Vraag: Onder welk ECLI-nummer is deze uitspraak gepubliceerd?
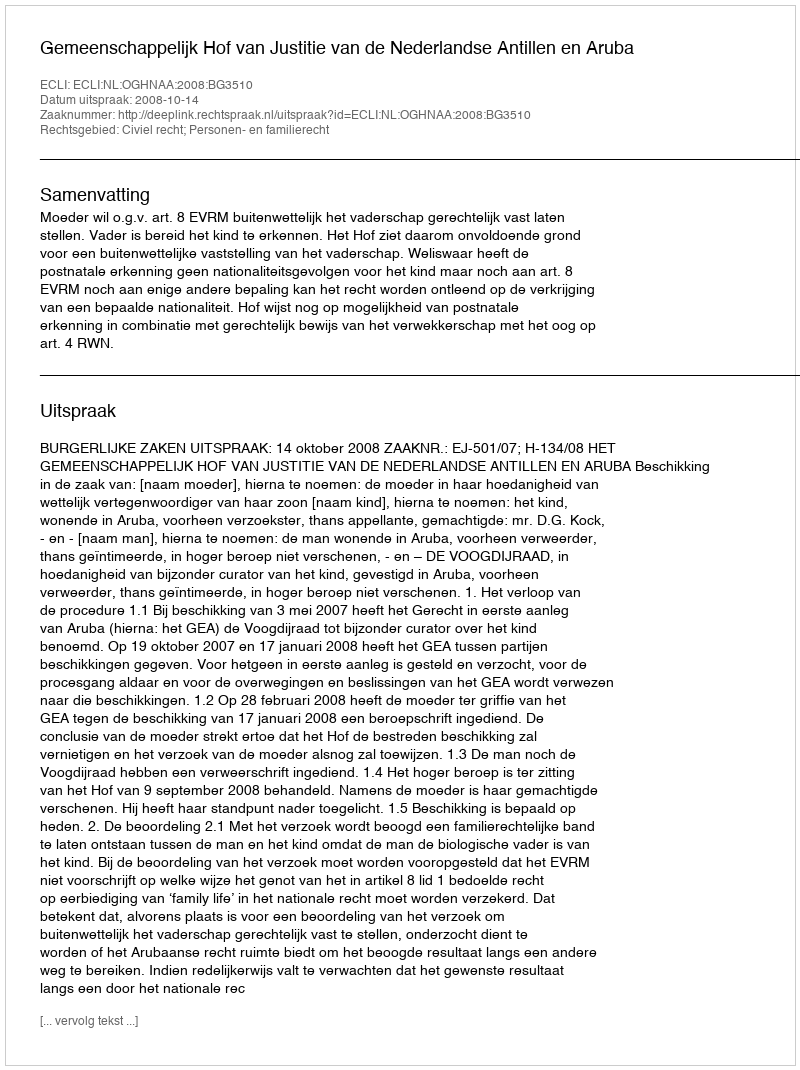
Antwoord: ECLI:NL:OGHNAA:2008:BG3510